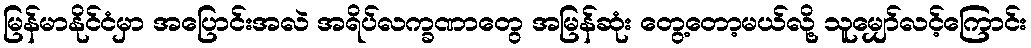
မြန်မာနိုင်ငံမှာ အပြောင်းအလဲ အရိပ်လက္ခဏာတွေ အမြန်ဆုံး တွေ့တော့မယ်လို့ သူမျှော်လင့်ကြောင်း